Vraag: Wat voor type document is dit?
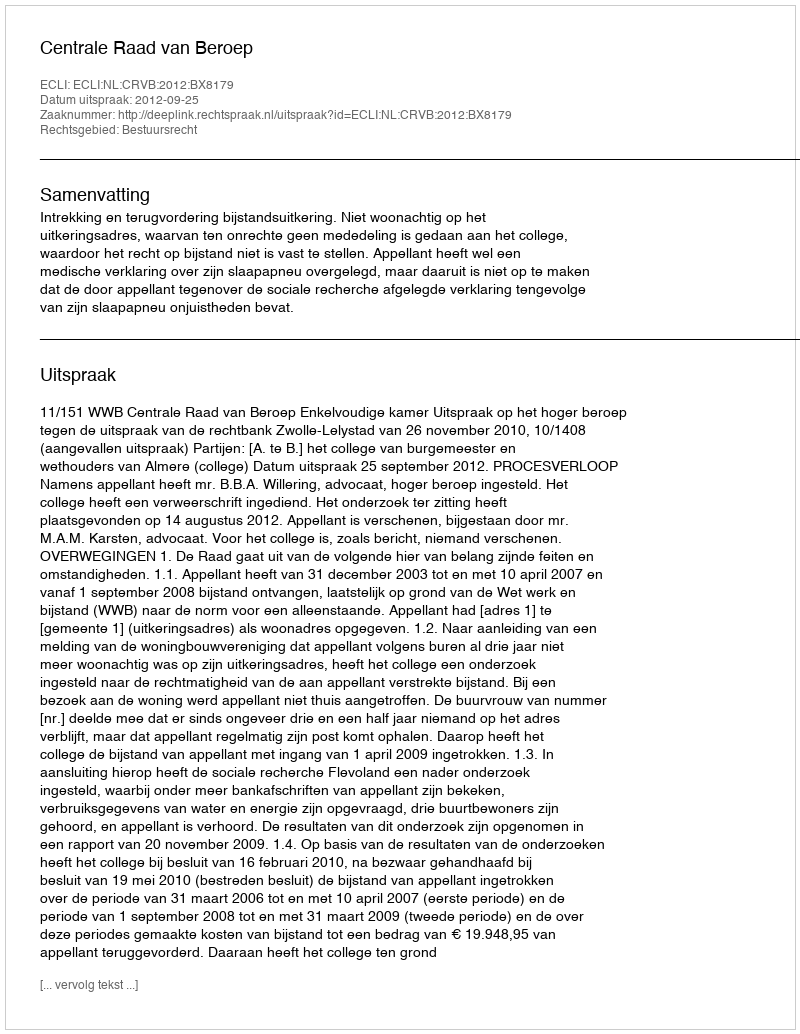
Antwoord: Uitspraak